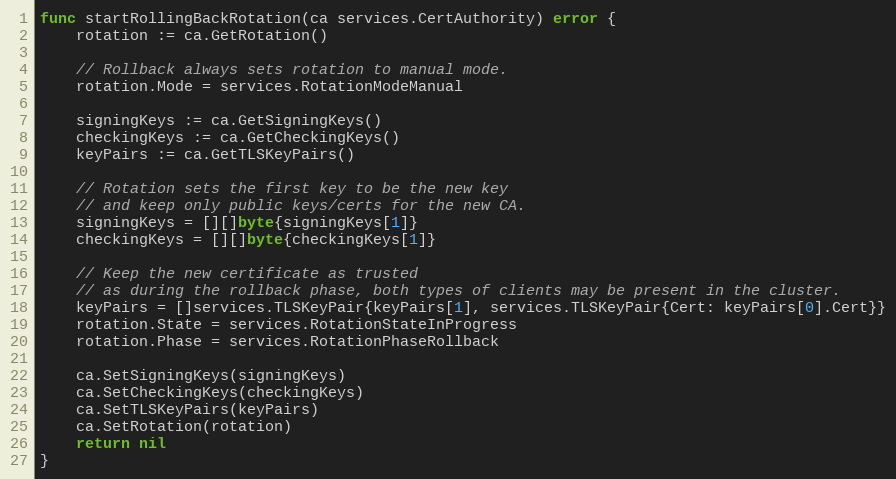
Language: Go
func startRollingBackRotation(ca services.CertAuthority) error {
	rotation := ca.GetRotation()

	// Rollback always sets rotation to manual mode.
	rotation.Mode = services.RotationModeManual

	signingKeys := ca.GetSigningKeys()
	checkingKeys := ca.GetCheckingKeys()
	keyPairs := ca.GetTLSKeyPairs()

	// Rotation sets the first key to be the new key
	// and keep only public keys/certs for the new CA.
	signingKeys = [][]byte{signingKeys[1]}
	checkingKeys = [][]byte{checkingKeys[1]}

	// Keep the new certificate as trusted
	// as during the rollback phase, both types of clients may be present in the cluster.
	keyPairs = []services.TLSKeyPair{keyPairs[1], services.TLSKeyPair{Cert: keyPairs[0].Cert}}
	rotation.State = services.RotationStateInProgress
	rotation.Phase = services.RotationPhaseRollback

	ca.SetSigningKeys(signingKeys)
	ca.SetCheckingKeys(checkingKeys)
	ca.SetTLSKeyPairs(keyPairs)
	ca.SetRotation(rotation)
	return nil
}